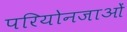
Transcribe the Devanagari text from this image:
परियोनजाओं